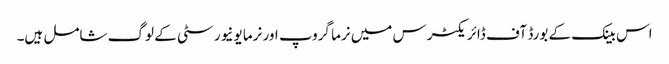
اس بینک کے بورڈ آف ڈائریکٹرس میں نرما گروپ اور نرما یونیورسٹی کے لوگ شامل ہیں۔